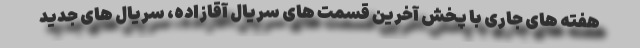
هفته های جاری با پخش آخرین قسمت های سریال آقازاده، سریال های جدید